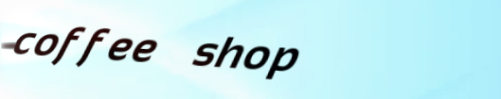
coffee shop